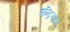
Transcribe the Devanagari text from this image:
एन्द्रियास